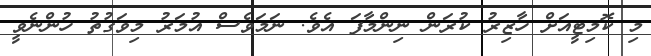
މި ކޮމިޓީއަށް ހާޒިރު ކުރަން ނިންމާފަ އެވެ. ނަމަވެސް އުމަރު މިވަގުތު ހުންނެވީ